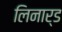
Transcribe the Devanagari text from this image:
लिनार्ड